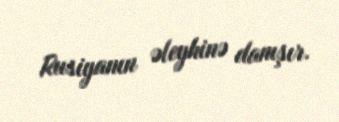
Rusiyanın əleyhinə danışır.